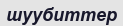
шуубиттер